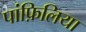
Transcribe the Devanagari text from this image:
पांफ़िलिया